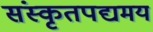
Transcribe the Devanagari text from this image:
संस्कृतपद्यमय